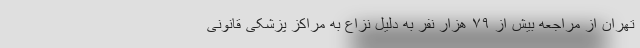
تهران از مراجعه بیش از ۷۹ هزار نفر به دلیل نزاع به مراکز پزشکی قانونی